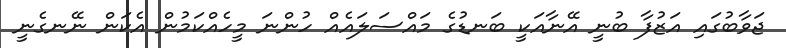
ޖަވާބުގައި އަޒުފާ ބުނީ އޭނާއަކީ ބަނޑުގެ މައްސަލައެއް ހުންނަ މީހެއްކަމުން އެކަން ނޭނގެނީ